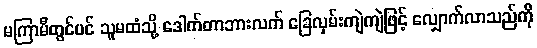
မကြာမီတွင်ပင် သူမထံသို့ ဒေါက်တာဘားလက် ခြေလှမ်းကျဲကျဲဖြင့် လျှောက်လာသည်ကို